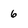
Character: 6